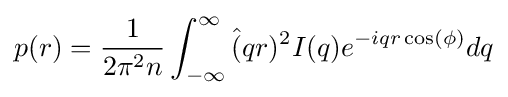
p(r)={\frac {1}{2\pi ^{2}n}}\int _{-\infty }^{\infty }{\hat {(}}qr)^{2}I(q)e^{-iqr\cos(\phi )}dq